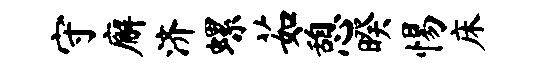
守廨济螺茹憩暌惕床